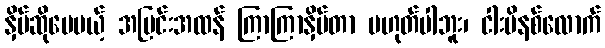
နှိပ်ဆိုပေမယ့် အပြင်းအထန် ကြာကြာနှိပ်တာ မဟုတ်ပါဘူး၊ ငါးမိနစ်လောက်